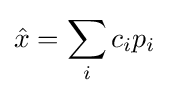
{\hat {x}}=\sum _{i}c_{i}p_{i}